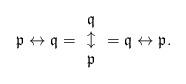
LaTeX: \begin{align*}\mathfrak p\leftrightarrow\mathfrak q=\begin{array}{c}\mathfrak q\\\updownarrow\\\mathfrak p\end{array}=\mathfrak q\leftrightarrow \mathfrak p.\end{align*}